Annual administration and progress report of the Indian Medical Department, Bombay
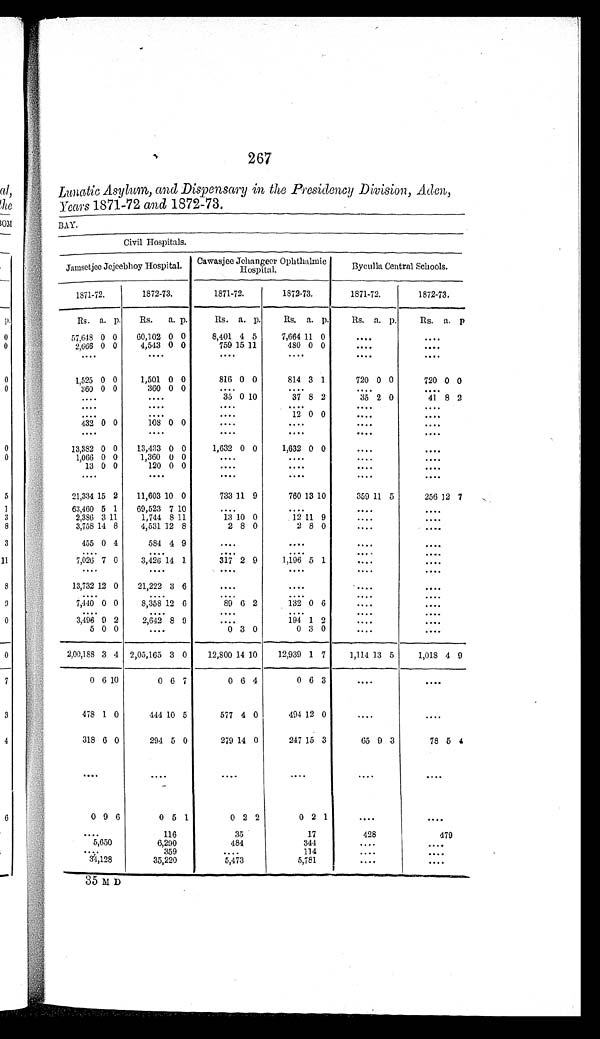
267
Lunatic Asylum, and Dispensary in the Presidency Division, Aden,
Years 1871-72 and 1872-73.
BAY.
Civil Hospitals.
Jamsetjee Jejeebhoy Hospital. Cawasjee Jehangeer Ophthalmic
Hospital.
Byculla Central Schools.
1871-72.
1872-73.
1871-72.
1872-73.
1871-72.
1872-73.
Rs. a. p.
Rs. a. p.
Rs. a. p.
Rs. a. p.
Rs. a. p.
Rs. a. p.
57,648 0 0
60,102 0 0
8,401 4 5
7,664 11 0
. . . .
. . . .
2,666 0 0
4,543 0 0
759 15 11
480 0 0
. . . .
. . . .
. . . . ....
. . . . ....
....
. . . .
1,525 0 0
1,501 0 0
816 0 0
814 3 1
720 0 0
720 0 0
360 0 0
360 0 0
. . . .
. . . .
. . . .
. . . .
. . . .
. . . .
35 0 10
37 8 2
35 2 0
41 8 2
. . . .
. . . .
. . . .
. . . .
. . . .
. . . .
. . . .
. . . .
. . . .
12 0 0
. . . .
. . . .
432 0 0
108 0 0
....
....
. . . .
. . . .
....
....
....
....
....
....
13,382 0 0
13,433 0 0
1,632 0 0
1,632 0 0
. . . .
. . . .
1,066 0 0
1,360 0 0
. . . .
. . . .
. . . .
. . . .
13 0 0
120 0 0
. . . .
. . . .
. . . .
. . . .
. . . .
. . . .
. . . .
. . . .
. . . .
. . . .
21,334 15 2
11,603 10 0
733 11 9
760 13 10
359 11 5
256 12 7
63,460 5 1
69,523 7 10
. . . .
. . . .
. . . .
. . . .
2,386 3 11
1,744 8 11
13 10 0
12 11 9
....
. . . .
3,758 14 8
4,531 12 8
2 8 0
2 8 0
....
. . . .
455 0 4
584 4 9
....
....
. . . .
. . . .
. . . .
. . . .
. . . .
. . . .
. . . .
. . . .
7,026 7 0
3,426 14 1
317 2 9
1,196 5 1
. . . .
. . . .
. . . .
. . . .
. . . .
. . . .
. . . .
. . . .
13,732 12 0
21,222 3 6
. . . .
. . . .
....
. . . .
....
....
. . . .
. . . .
. . . .
. . . .
7,440 0 0
8,358 12 6
89 6 2
132 0 6
. . . .
. . . .
....
. . . .
. . . .
....
. . . .
. . . .
3,496 9 2
2,642 8 9
. . . . 194 1 2
. . . .
. . . .
5 0 0
....
0 3 0
0 3 0
....
. . . .
2,00,188 3 4 2,05,165 3 0
12,800 14 10
12,939 1 7
1,114 13 5
1,018 4 9
0 6 10
0 6 7
0 6 4
0 6 3
....
. . . .
478 1 0
444 10 5
577 4 0
494 12 0
....
....
318 6 0
294 5 0
279 14 0
247 15 3
65 9 3
78 5 4
. . . .
. . . .
. . . .
. . . .
. . . .
. . . .
0 9 6
0 5 1
0
2
2
0 2 1
....
....
. . . .
116
35
17
428
479
5,650
6,290
484
344
. . . .
....
....
359
. . . .
114
. . . .
. . . .
34,128
35,220
5,473
5,781
....
. . . .
35 M D